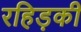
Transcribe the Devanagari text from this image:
रहिड़की